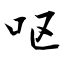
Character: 呕